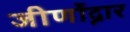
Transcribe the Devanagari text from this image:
जीर्णोद्नार